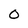
Character: 0